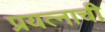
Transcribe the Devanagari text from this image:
प्रयत्नाची